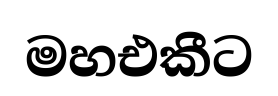
මහඑකීට